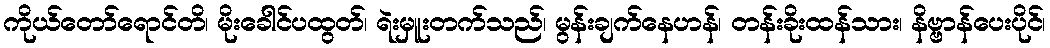
ကိုယ်တော်ရောင်တိ၊ မိုးခေါင်ပထွတ်၊ ရဲးမှူးတက်သည်၊ မွန်းချက်နေဟန်၊ တန်းခိုးထန်သား၊ နိဗ္ဗာန်ပေးပိုင်၊